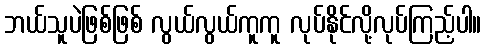
ဘယ်သူပဲဖြစ်ဖြစ် လွယ်လွယ်ကူကူ လုပ်နိုင်လို့လုပ်ကြည့်ပါ။